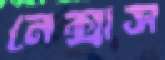
নেক্সাস